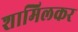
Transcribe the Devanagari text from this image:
शामिलकर